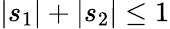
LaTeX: |s_{1}|+|s_{2}|\leq 1